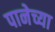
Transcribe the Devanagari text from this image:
पानेच्या